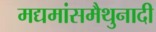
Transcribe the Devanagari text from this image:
मद्यमांसमैथुनादी